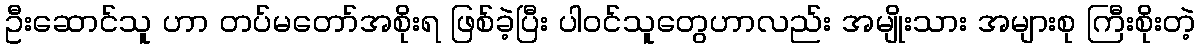
ဦးဆောင်သူ ဟာ တပ်မတော်အစိုးရ ဖြစ်ခဲ့ပြီး ပါဝင်သူတွေဟာလည်း အမျိုးသား အများစု ကြီးစိုးတဲ့